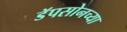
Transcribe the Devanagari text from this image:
डॅपसोनच्या